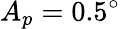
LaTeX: A_{p}=0.5^{\circ}